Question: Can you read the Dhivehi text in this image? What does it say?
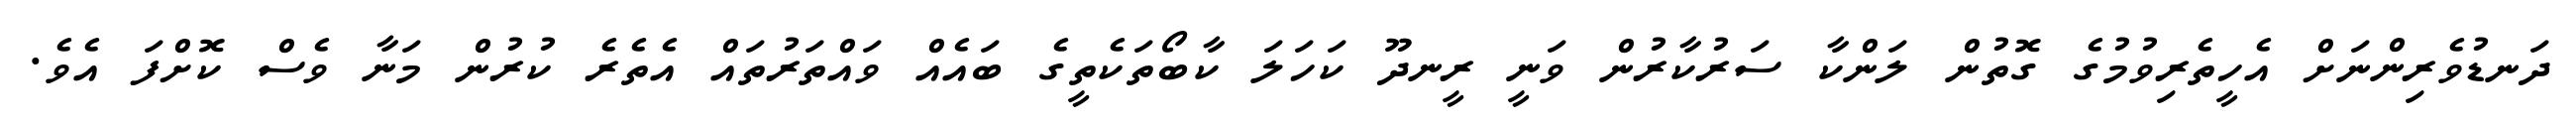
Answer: ދަނޑުވެރިންނަށް އެހީތެރިވުމުގެ ގޮތުން ލަންކާ ސަރުކާރުން ވަނީ ރީނދޫ ކަހަލަ ކާބޯތަކެތީގެ ބައެއް ވައްތަރުތައް އެތެރެ ކުރުން މަނާ ވެސް ކޮށްފަ އެވެ.